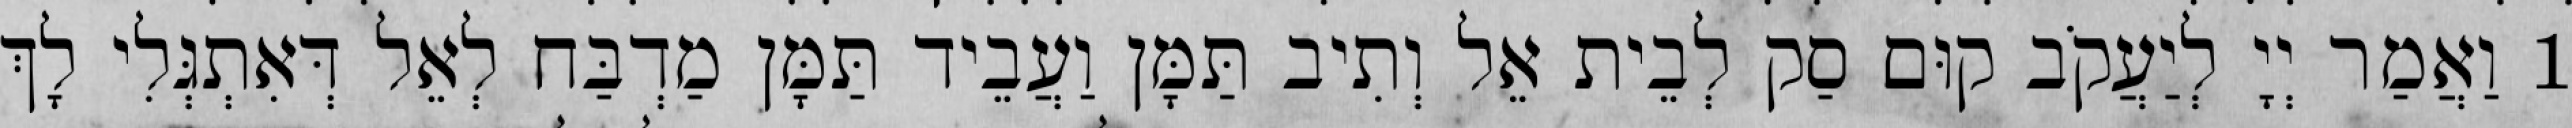
1 וַאֲמַר יְיָ לְיַעֲקֹב קוּם סַק לְבֵית אֵל וְתִיב תַּמָּן וַעֲבֵיד תַּמָּן מַדְבַּח לְאֵל דְּאִתְגְּלִי לָךְ